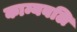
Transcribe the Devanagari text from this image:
काम्यबलि